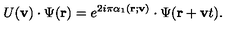
U ( { \bf v } ) \cdot \Psi ( { \bf r } ) = e ^ { 2 i \pi \alpha _ { 1 } ( { \bf r } ; { \bf v } ) } \cdot \Psi ( { \bf r } + { \bf v } t ) .